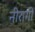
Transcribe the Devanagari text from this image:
नीरागी